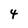
Character: 4